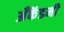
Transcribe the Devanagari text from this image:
अँकॅडमी